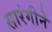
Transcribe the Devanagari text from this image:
सारंगीने